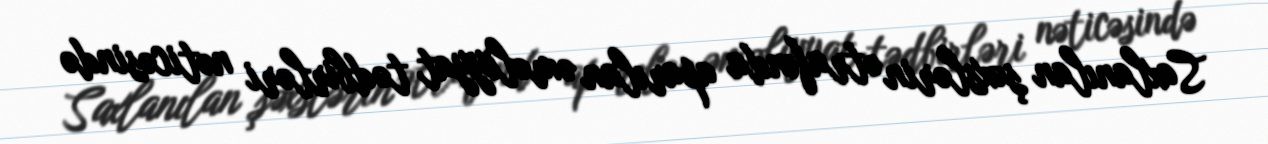
Saxlanılan şəxslərin ətrafında aparılan əməliyyat tədbirləri nəticəsində